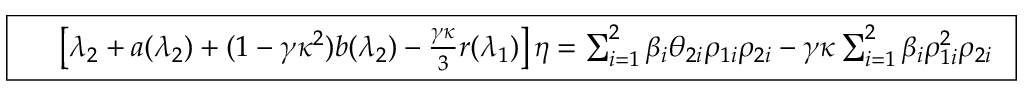
\boxed { \begin{array} { r l } & { \left[ \lambda _ { 2 } + a ( \lambda _ { 2 } ) + ( 1 - \gamma \kappa ^ { 2 } ) b ( \lambda _ { 2 } ) - \frac { \gamma \kappa } { 3 } r ( \lambda _ { 1 } ) \right] \eta = \sum _ { i = 1 } ^ { 2 } \beta _ { i } \theta _ { 2 i } \rho _ { 1 i } \rho _ { 2 i } - { \gamma } \kappa \sum _ { i = 1 } ^ { 2 } \beta _ { i } \rho _ { 1 i } ^ { 2 } \rho _ { 2 i } } \end{array} }